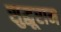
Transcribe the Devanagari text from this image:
सुद्धूराम